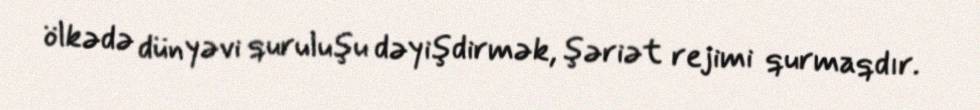
ölkədə dünyəvi quruluşu dəyişdirmək, şəriət rejimi qurmaqdır.